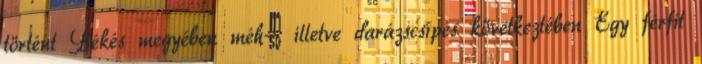
történt Békés megyében méh-, illetve darázscsípés következtében Egy férfit